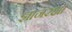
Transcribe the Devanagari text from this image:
ज्ञानरक्षा